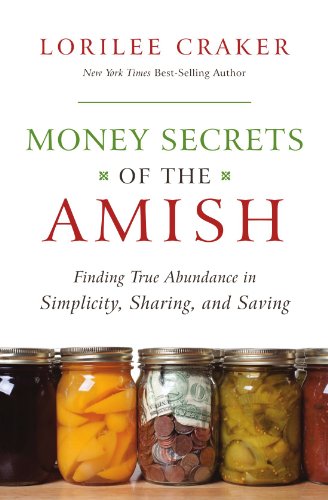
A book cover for Money Secrets of the Amish: Finding True Abundance in Simplicity, Sharing, and Saving; Lorilee Craker; Christian Books & Bibles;